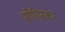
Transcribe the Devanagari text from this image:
सोयिस्कर